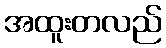
အထူးတလည်